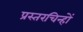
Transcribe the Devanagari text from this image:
प्रस्तरचिन्हों